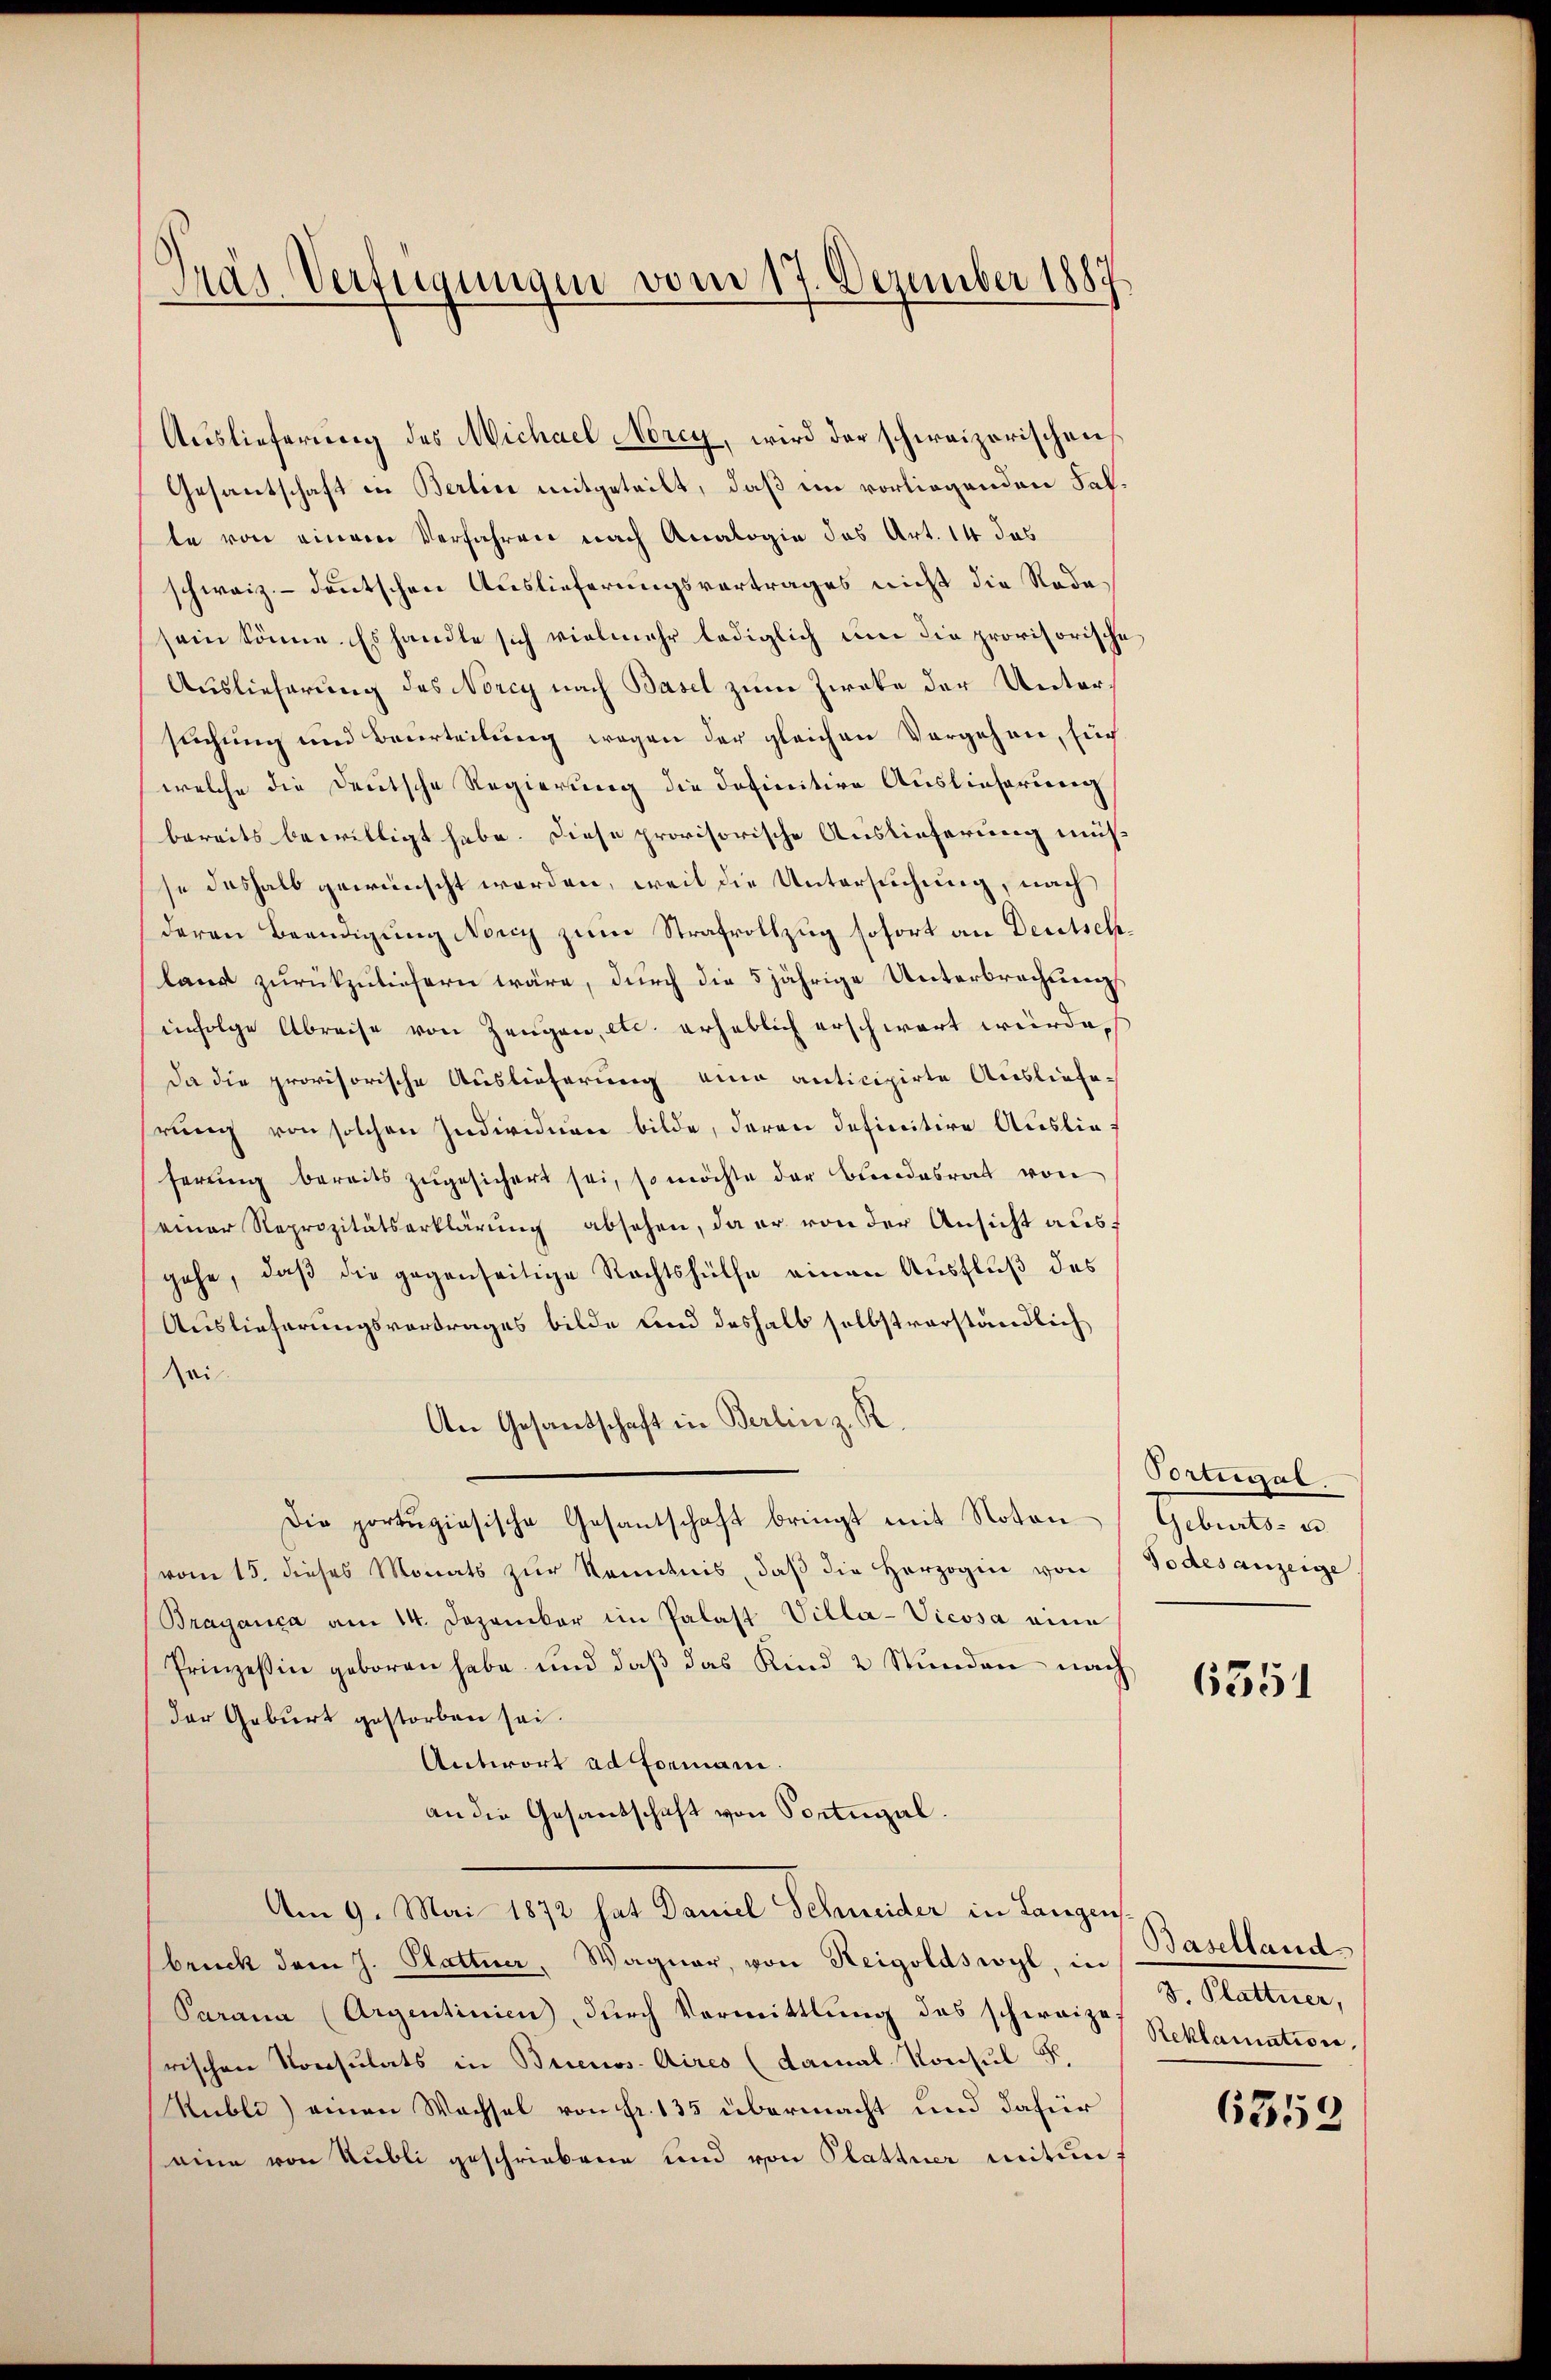
Trar Verfügungen vom 17. Dezember 1887

Auslieferung des Michael Norey, wird der schweizerischen
Gesantschaft in Berlin mitgeteilt, daß ein vorliegenden Falte von einem Verfahren nach Analogie das Art. 14 das
schweiz.- deutschen Auslieferungsvortrages nicht die Rodasein könne. Es handle sich vielmehr lediglich um die provisorische
Auslieferung des Norcy nach Basel zum Zweke der Untersuchung und Beurteilung wegen der gleichen Vorgehen, sich
welche die Deutsche Regierung die definitive Auslieferung
bereits bewilligt habe. Diese provisorische Auslieferung müsse deshalb gewünscht werden, weil die Untersuchung, nach
deren Beendigung Nony zum Strafvollzug sofort an Deutschland zurückzuliefern wäre, durch die 5 jährige Unterbrechungs
infolge Abreise von Zeugen, etc. erheblich erschwart würde.
Da die provisorische Auslieferung eine anticipirte Auslieferung von solchen Individuen bilde, deren definitive Auslieferŭng bereits zŭgesichert sei, so möchte der Bundesrat von
seiner Reprozitätserklärung absehen, da er von der Ansicht ausf
gehe, daß die gegenseitige Rechtshülfe einen Ausfluß des
Auslieferungsvertrages bilde und deshalb selbstverständlich
sei
An Gesandschaft in Berlin z. R.
Die portugisische Gesantschaft bringt mit Noton
vom 15. dieses Monats zur Kenntnis, daß die Herzogin von
Braganica am 14. Dezember im Palast Villa-Vicosa eine
Prinzeßin geboren habe und daß das Kind 2 Stunden nach
der Geburt gestorben sei.
Antwort ad Formani.
an die Gesandschaft von Portugal.
Am 9. Mai 1890 hat Daniel Schmeider in Lanzen
bruck dem J. Plattner, Wagner, von Reigoldswyl, in
Parama (Argentinien dŭrch Vormittlung des schweize Reklamation,
rischen Konsulats in Buenos Aires (damal. Konsul F.
Kubli) einen Wachsel von Fr. 135 übermacht und dafür
eine von Publi geschriebene und von Plattner mitunf

Portugal
Geburts- u.
Todesanzeige

6351

Baselland
3. Plattner,

6359